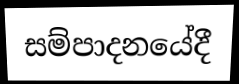
සම්පාදනයේදී